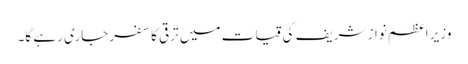
وزیر اعظم نواز شریف کی قیات میں ترقی کا سفر جاری رہے گا۔